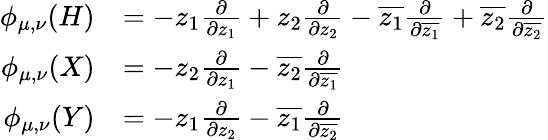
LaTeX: {\begin{array}{rl}{\phi_{\mu,\nu}(H)}&{=-z_{1}{\frac{\partial}{\partial z_{1}}}+z_{2}{\frac{\partial}{\partial z_{2}}}-{\overline{{z_{1}}}}{\frac{\partial}{\partial{\overline{{z_{1}}}}}}+{\overline{{z_{2}}}}{\frac{\partial}{\partial{\overline{{z_{2}}}}}}}\\ {\phi_{\mu,\nu}(X)}&{=-z_{2}{\frac{\partial}{\partial z_{1}}}-{\overline{{z_{2}}}}{\frac{\partial}{\partial{\overline{{z_{1}}}}}}}\\ {\phi_{\mu,\nu}(Y)}&{=-z_{1}{\frac{\partial}{\partial z_{2}}}-{\overline{{z_{1}}}}{\frac{\partial}{\partial{\overline{{z_{2}}}}}}}\end{array}}